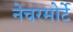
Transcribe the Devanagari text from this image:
नेचरमोर्टे